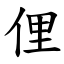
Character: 俚